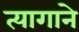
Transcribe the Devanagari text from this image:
त्यागाने